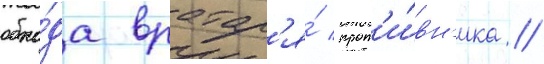
обхо́да вратар'я́ прот'и́вн'ика //